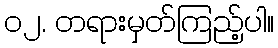
၀၂. တရားမှတ်ကြည့်ပါ။